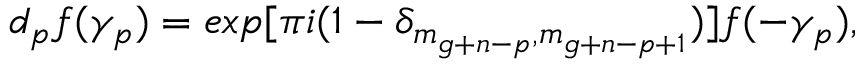
d _ { p } f ( \gamma _ { p } ) = e x p [ \pi i ( 1 - \delta _ { m _ { g + n - p } , m _ { g + n - p + 1 } } ) ] f ( - \gamma _ { p } ) ,